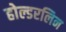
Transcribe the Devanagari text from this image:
होल्डरलिन